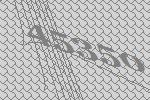
45350